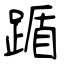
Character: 踲